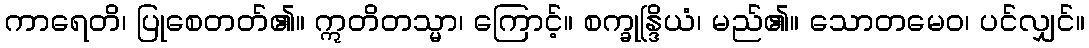
ကာရေတိ၊ ပြုစေတတ်၏။ ဣတိတသ္မာ၊ ကြောင့်။ စက္ခုန္ဒြိယံ၊ မည်၏။ သောတမေဝ၊ ပင်လျှင်။